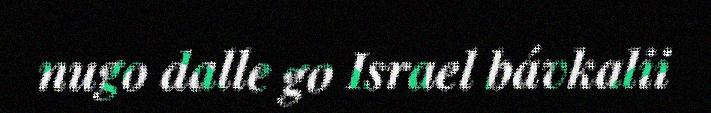
nugo dalle go Israel bávkalii